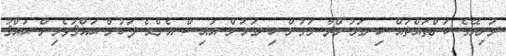
ދުނިޔޭގެ ކަންތައްތައް ހިނގަމުންދާ މަގުން ހިނގަމުން އައިސް އެންމެ ފަހުން ޙައްޤުވެރިން ޙައްޤު